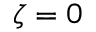
\zeta = 0